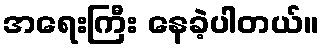
အရေးကြီး နေခဲ့ပါတယ်။